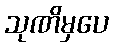
သုဏိမှပေ